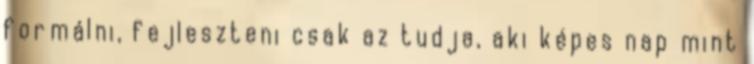
formálni, fejleszteni csak az tudja, aki képes nap mint